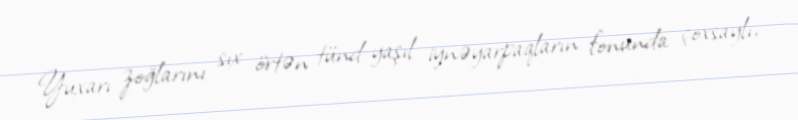
Yuxarı zoğlarını sıx örtən tünd-yaşıl iynəyarpaqların fonunda çoxsaylı,